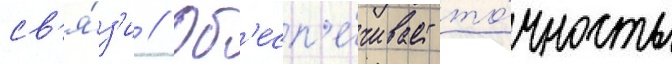
св'я́з'и // Об'есп'е́чивает то́чность